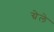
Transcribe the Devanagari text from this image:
ग्रेले